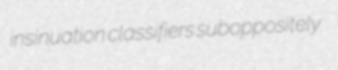
insinuation classifiers suboppositely